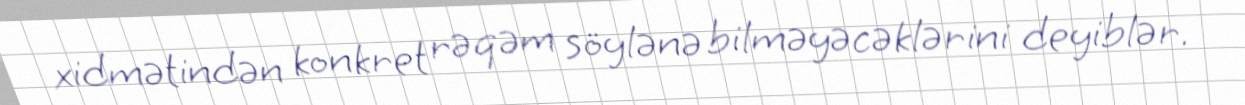
xidmətindən konkret rəqəm söylənə bilməyəcəklərini deyiblər.